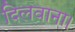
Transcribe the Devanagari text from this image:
दिलवाना।